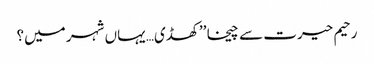
رحیم حیرت سے چیخا ’’کھڈی… یہاں شہر میں؟